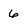
Character: 6